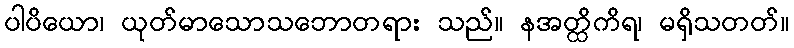
ပါပိယော၊ ယုတ်မာသောသဘောတရား သည်။ နအတ္ထိကိရ၊ မရှိသတတ်။